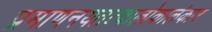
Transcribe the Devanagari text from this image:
प्रमाणनयतत्वालोकालंकार